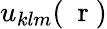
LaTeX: u_{klm}(\mathrm{~\mathbf~r~})